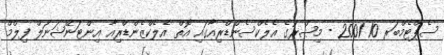
ސެޕްޓެމްބަރ 10 2001 - މިޞްރުގެ އެލެކްސެންޑްރިއާގައި އޮތް އެލެކްޒެންޑްރިއާ އިންޓަނޭޝަނަލް ފިލްމް